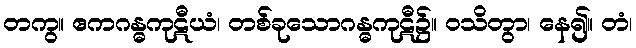
တကွ။ ဧကဂန္ဓကုဋီယံ၊ တစ်ခုသောဂန္ဓကုဋီ၌။ ဝသိတွာ၊ နေ၍။ တံ၊